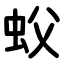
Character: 蚥